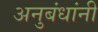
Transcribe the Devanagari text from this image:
अनुबंधांनी